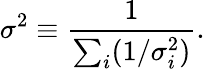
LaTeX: \sigma^{2}\equiv\frac{1}{\sum_{i}(1/\sigma_{i}^{2})}.